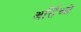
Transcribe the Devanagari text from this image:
अर्तिच्ले